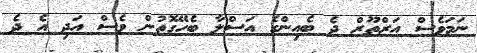
ނަމަވެސް އަރްތޫރް ދެ ބެއިންގެ އަސްލާ ބެހޭގޮތުން ވެސް އަދި އެ ދެ